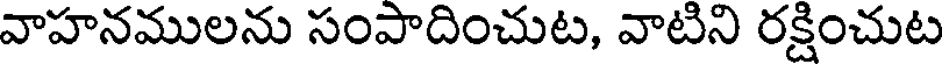
వాహనములను సంపాదించుట, వాటిని రక్షించుట